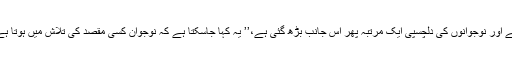
یورگن کہتا ہے کہ لیکن اب صورتحال کچھ مختلف ہے اور نوجوانوں کی دلچسپی ایک مرتبہ پھر اس جانب بڑھ گئی ہے،’’ یہ کہا جاسکتا ہے کہ نوجوان کسی مقصد کی تلاش میں ہوتا ہے اور کسی نہ کسی کے ساتھ کام بھی کرنا چاہتا ہے۔